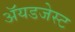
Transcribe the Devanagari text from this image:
ॲयडजेस्ट